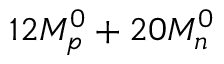
1 2 M _ { p } ^ { 0 } + 2 0 M _ { n } ^ { 0 }